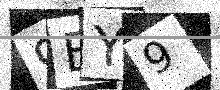
Text: 9BY9